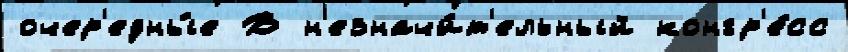
очер'едны́е В н'езначи́т'ельный конгр'е́сс